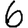
Digit: 6